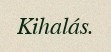
Kihalás.